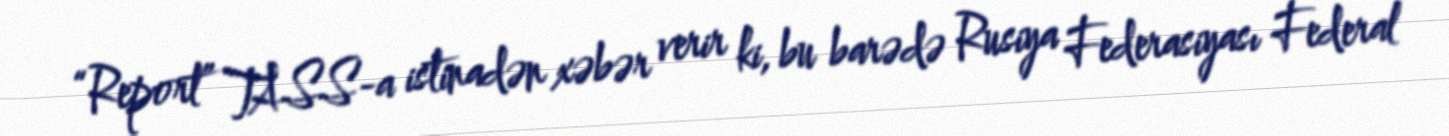
“Report” TASS-a istinadən xəbər verir ki, bu barədə Rusiya Federasiyası Federal